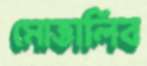
মোত্তালিব